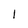
Character: l